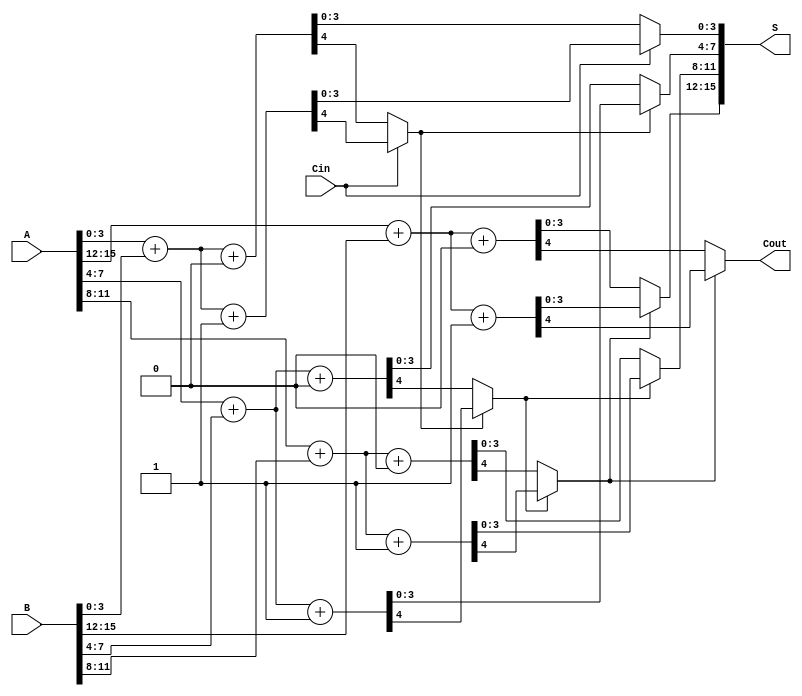
module HybridCarrySelectAdder #(parameter N = 16) (
    input [N-1:0] A,       // First n-bit input
    input [N-1:0] B,       // Second n-bit input
    input Cin,             // Carry-in
    output [N-1:0] S,      // n-bit sum output
    output Cout            // Carry-out
);
    localparam BLOCK_SIZE = 4; // Size of each block
    localparam NUM_BLOCKS = N / BLOCK_SIZE;

    wire [BLOCK_SIZE-1:0] sum0[NUM_BLOCKS-1:0]; // Sum when Cin = 0
    wire [BLOCK_SIZE-1:0] sum1[NUM_BLOCKS-1:0]; // Sum when Cin = 1
    wire Cout0[NUM_BLOCKS-1:0];                  // Carry-out when Cin = 0
    wire Cout1[NUM_BLOCKS-1:0];                  // Carry-out when Cin = 1
    wire carry[NUM_BLOCKS:0];                    // Carry signals between blocks

    assign carry[0] = Cin; // Initial carry-in

    // Generate sums and carries for each block
    genvar i;
    generate
        for (i = 0; i < NUM_BLOCKS; i = i + 1) begin : block
            // Compute sum and carry for Cin = 0
            assign {Cout0[i], sum0[i]} = A[i*BLOCK_SIZE +: BLOCK_SIZE] + B[i*BLOCK_SIZE +: BLOCK_SIZE] + 1'b0;
            // Compute sum and carry for Cin = 1
            assign {Cout1[i], sum1[i]} = A[i*BLOCK_SIZE +: BLOCK_SIZE] + B[i*BLOCK_SIZE +: BLOCK_SIZE] + 1'b1;
        end
    endgenerate

    // Select appropriate sum and carry based on carry from previous block
    generate
        for (i = 0; i < NUM_BLOCKS; i = i + 1) begin : select
            assign S[i*BLOCK_SIZE +: BLOCK_SIZE] = carry[i] ? sum1[i] : sum0[i];
            assign carry[i+1] = carry[i] ? Cout1[i] : Cout0[i];
        end
    endgenerate

    // Final carry-out
    assign Cout = carry[NUM_BLOCKS];

endmodule